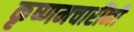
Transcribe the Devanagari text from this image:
कृष्णमचारींनी